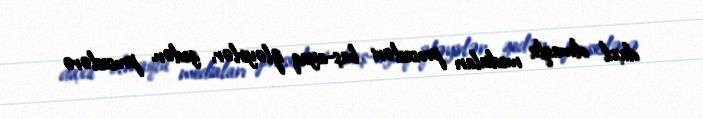
daxil olmaqla mediaları prosesləri baş-ayaq izləyirlər, gedən proseslərə